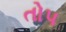
તોપ